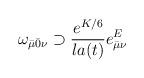
LaTeX: \begin{align*}\omega_{\bar\mu\bar0\nu}\supset \frac{e^{K/6}}{la(t)} e^E_{\bar\mu\nu}\end{align*}